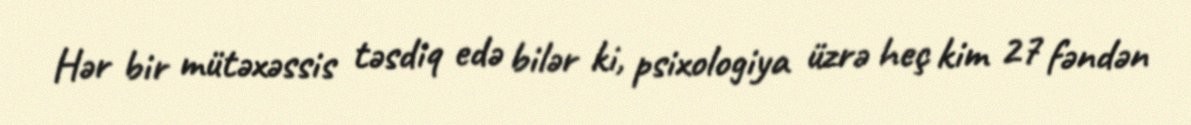
Hər bir mütəxəssis təsdiq edə bilər ki, psixologiya üzrə heç kim 27 fəndən